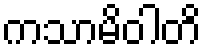
ကသာမိဝါတိ